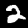
Digit: 2